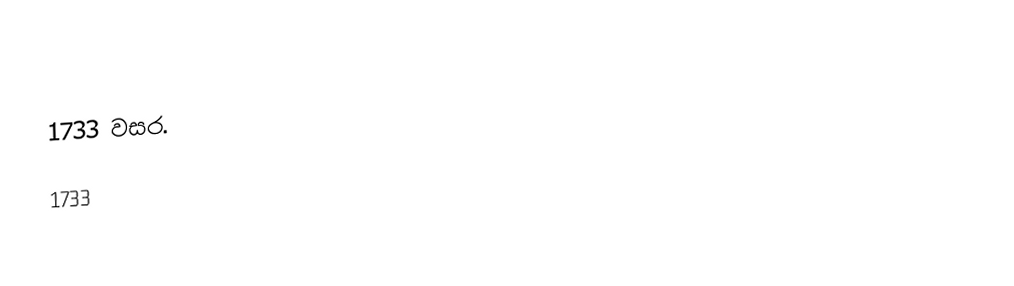
1733 වසර.

1733